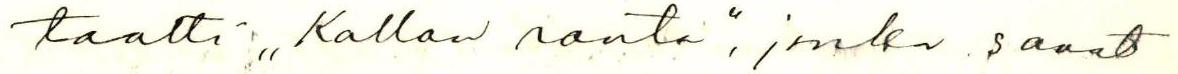
taatti "Kallan ranta", jonka sanat